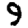
Digit: 9